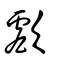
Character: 㱆